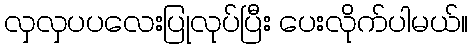
လှလှပပလေးပြုလုပ်ပြီး ပေးလိုက်ပါမယ်။